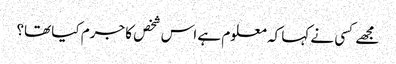
مجھے کسی نے کہا کہ معلوم ہے اس شخص کا جرم کیا تھا؟